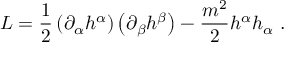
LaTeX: L = \frac { 1 } { 2 } \left( \partial _ { \alpha } h ^ { \alpha } \right) \left( \partial _ { \beta } h ^ { \beta } \right) - \frac { m ^ { 2 } } { 2 } h ^ { \alpha } h _ { \alpha } \ .